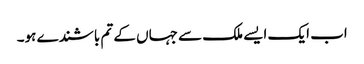
اب ایک ایسے ملک سے جہاں کے تم باشندے ہو۔